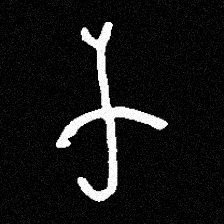
Pyu character \u2014 Myanmar letter: က (romanized: ka)